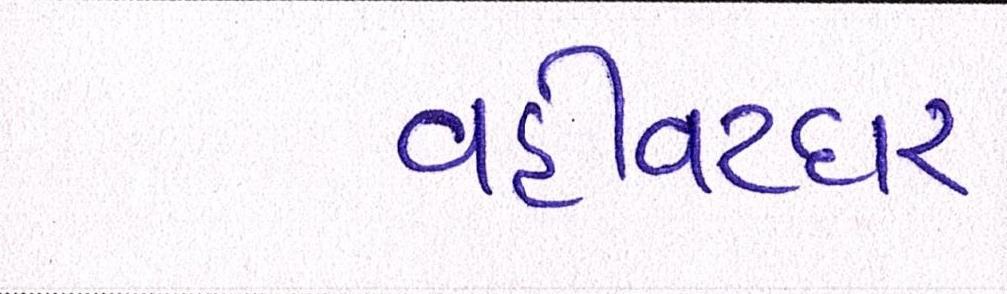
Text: વહીવટદાર